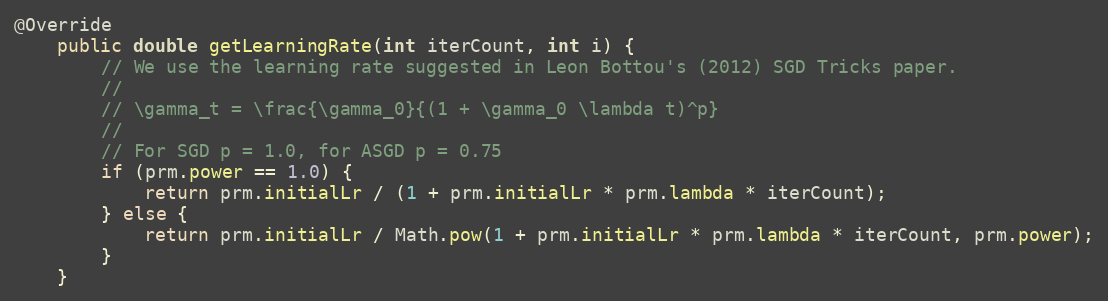
Language: Java
@Override
    public double getLearningRate(int iterCount, int i) {
        // We use the learning rate suggested in Leon Bottou's (2012) SGD Tricks paper.
        //
        // \gamma_t = \frac{\gamma_0}{(1 + \gamma_0 \lambda t)^p}
        //
        // For SGD p = 1.0, for ASGD p = 0.75
        if (prm.power == 1.0) {
            return prm.initialLr / (1 + prm.initialLr * prm.lambda * iterCount);
        } else {
            return prm.initialLr / Math.pow(1 + prm.initialLr * prm.lambda * iterCount, prm.power);
        }
    }